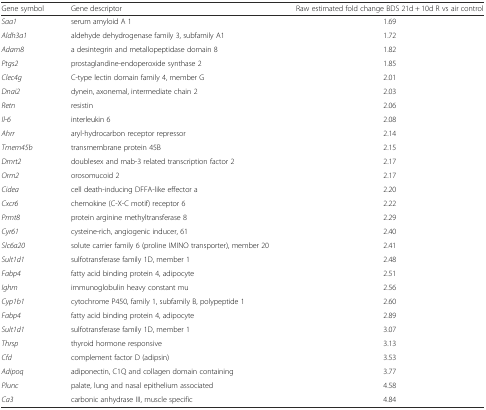
<table><thead><tr><td><b>Gene symbol</b></td><td><b>Gene descriptor</b></td><td><b>Raw estimated fold change BDS 21d + 10d R vs air control</b></td></tr></thead><tbody><tr><td><i>Saa1</i></td><td>serum amyloid A 1</td><td>1.69</td></tr><tr><td><i>Aldh3a1</i></td><td>aldehyde dehydrogenase family 3, subfamily A1</td><td>1.72</td></tr><tr><td><i>Adam8</i></td><td>a desintegrin and metallopeptidase domain 8</td><td>1.82</td></tr><tr><td><i>Ptgs2</i></td><td>prostaglandine-endoperoxide synthase 2</td><td>1.85</td></tr><tr><td><i>Clec4g</i></td><td>C-type lectin domain family 4, member G</td><td>2.01</td></tr><tr><td><i>Dnai2</i></td><td>dynein, axonemal, intermediate chain 2</td><td>2.03</td></tr><tr><td><i>Retn</i></td><td>resistin</td><td>2.06</td></tr><tr><td><i>Il-6</i></td><td>interleukin 6</td><td>2.08</td></tr><tr><td><i>Ahrr</i></td><td>aryl-hydrocarbon receptor repressor</td><td>2.14</td></tr><tr><td><i>Tmem45b</i></td><td>transmembrane protein 45B</td><td>2.15</td></tr><tr><td><i>Dmrt2</i></td><td>doublesex and mab-3 related transcription factor 2</td><td>2.17</td></tr><tr><td><i>Orm2</i></td><td>orosomucoid 2</td><td>2.17</td></tr><tr><td><i>Cidea</i></td><td>cell death-inducing DFFA-like effector a</td><td>2.20</td></tr><tr><td><i>Cxcr6</i></td><td>chemokine (C-X-C motif) receptor 6</td><td>2.22</td></tr><tr><td><i>Prmt8</i></td><td>protein arginine methyltransferase 8</td><td>2.29</td></tr><tr><td><i>Cyr61</i></td><td>cysteine-rich, angiogenic inducer, 61</td><td>2.40</td></tr><tr><td><i>Slc6a20</i></td><td>solute carrier family 6 (proline IMINO transporter), member 20</td><td>2.41</td></tr><tr><td><i>Sult1d1</i></td><td>sulfotransferase family 1D, member 1</td><td>2.48</td></tr><tr><td><i>Fabp4</i></td><td>fatty acid binding protein 4, adipocyte</td><td>2.51</td></tr><tr><td><i>Ighm</i></td><td>immunoglobulin heavy constant mu</td><td>2.56</td></tr><tr><td><i>Cyp1b1</i></td><td>cytochrome P450, family 1, subfamily B, polypeptide 1</td><td>2.60</td></tr><tr><td><i>Fabp4</i></td><td>fatty acid binding protein 4, adipocyte</td><td>2.89</td></tr><tr><td><i>Sult1d1</i></td><td>sulfotransferase family 1D, member 1</td><td>3.07</td></tr><tr><td><i>Thrsp</i></td><td>thyroid hormone responsive</td><td>3.13</td></tr><tr><td><i>Cfd</i></td><td>complement factor D (adipsin)</td><td>3.53</td></tr><tr><td><i>Adipoq</i></td><td>adiponectin, C1Q and collagen domain containing</td><td>3.77</td></tr><tr><td><i>Plunc</i></td><td>palate, lung and nasal epithelium associated</td><td>4.58</td></tr><tr><td><i>Ca3</i></td><td>carbonic anhydrase III, muscle specific</td><td>4.84</td></tr></tbody></table>